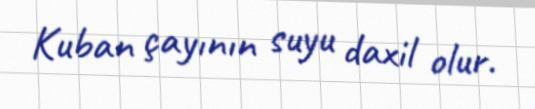
Kuban çayının suyu daxil olur.